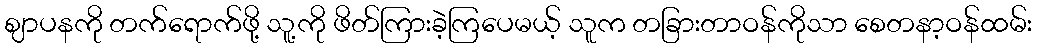
ဈာပနကို တက်ရောက်ဖို့ သူ့ကို ဖိတ်ကြားခဲ့ကြပေမယ့် သူက တခြားတာဝန်ကိုသာ စေတနာ့ဝန်ထမ်း